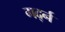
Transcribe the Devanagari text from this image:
गर्द्न